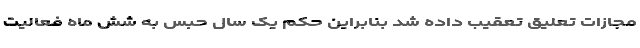
مجازات تعلیق تعقیب داده شد بنابراین حکم یک سال حبس به شش ماه فعالیت